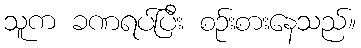
သူက ခဏရပ်ပြီး စဉ်းစားနေသည်။